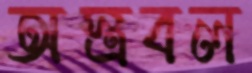
অস্ত্রবল